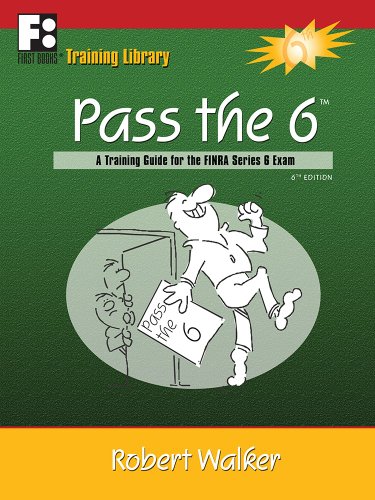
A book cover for Pass the 6: A Training Guide for the FINRA Series 6 Exam; Robert Walker; Test Preparation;